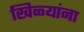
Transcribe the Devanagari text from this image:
खिळ्यांना